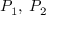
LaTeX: P _ { 1 } , \; P _ { 2 }